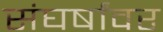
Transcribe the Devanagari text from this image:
संघर्षांवर